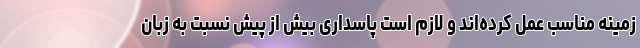
زمینه مناسب عمل کرده‌اند و لازم است پاسداری بیش از پیش نسبت به زبان